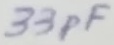
Text: 33pF